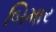
બિમાર